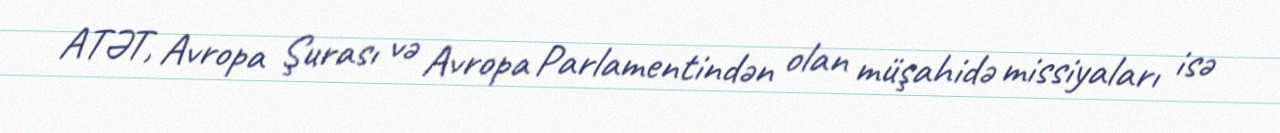
ATƏT, Avropa Şurası və Avropa Parlamentindən olan müşahidə missiyaları isə